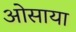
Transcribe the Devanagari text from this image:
ओसाया